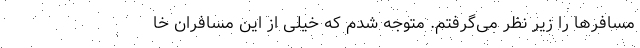
مسافر‌ها را زیر نظر می‌گرفتم. متوجه شدم که خیلی از این مسافران خا